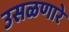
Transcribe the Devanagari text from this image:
उसळणारे